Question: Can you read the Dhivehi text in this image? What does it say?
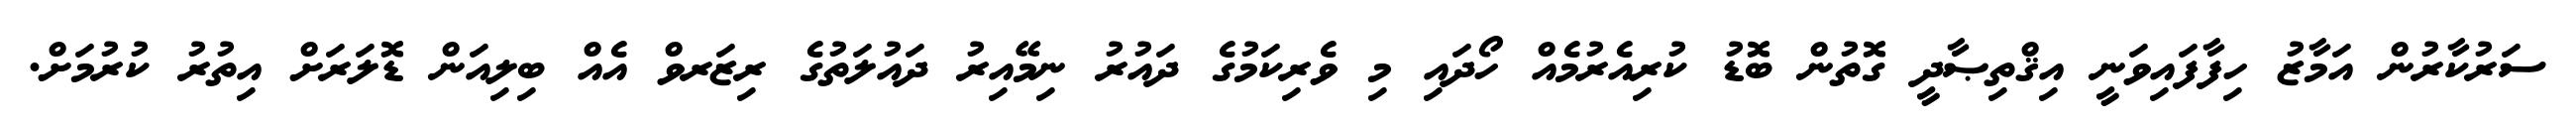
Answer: ސަރުކާރުން އަމާޒު ހިފާފައިވަނީ އިޤްތިޞާދީ ގޮތުން ބޮޑު ކުރިއެރުމެއް ހޯދައި މި ވެރިކަމުގެ ދައުރު ނިމޭއިރު ދައުލަތުގެ ރިޒަރވް އެއް ބިލިއަން ޑޮލަރަށް އިތުރު ކުރުމަށް.